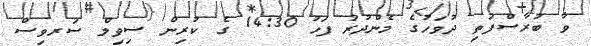
ވާ ބުރާސްފަތި ދުވަހުގެ މެންދުރު ފަހު 14:30 ގެ ކުރިން ސިވިލް ސަރވިސް